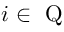
i \in \mathrm { ~ Q ~ }